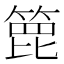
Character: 𥰕